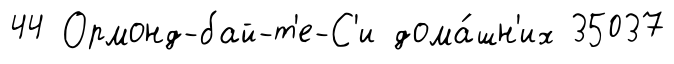
44 Ормонд-бай-т'е-С'и дома́шн'их 35037